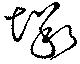
塚